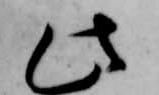
此